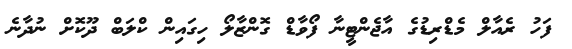
ފަހު ރެއާލް މެޑްރިޑުގެ އާޖެންޓީނާ ފޯވާޑް ގޮންޒާލޯ ހިގައިން ކްލަބް ދޫކޮށް ނުދާނެ